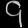
Digit: ၄